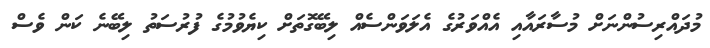
މުދައްރިސުންނަށް މުސާރައާއި އެއްވަރުގެ އެލަވަންސެއް ލިބޭގޮތަށް ކިޔެވުމުގެ ފުރުސަތު ލިބޭނެ ކަން ވެސް